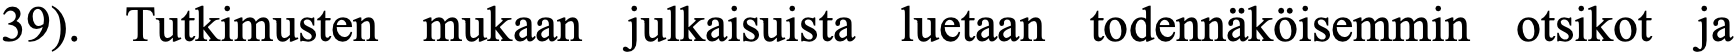
39). Tutkimusten mukaan julkaisuista luetaan todennäköisemmin otsikot ja